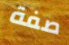
صفة